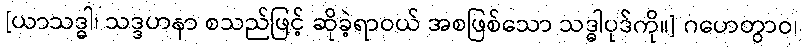
[ယာသဒ္ဓါ၊ သဒ္ဒဟနာ စသည်ဖြင့် ဆိုခဲ့ရာဝယ် အစဖြစ်သော သဒ္ဓါပုဒ်ကို။] ဂဟေတွာဝ၊